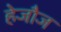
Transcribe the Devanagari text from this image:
हेजौज